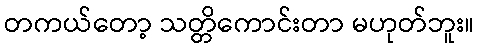
တကယ်တော့ သတ္တိကောင်းတာ မဟုတ်ဘူး။